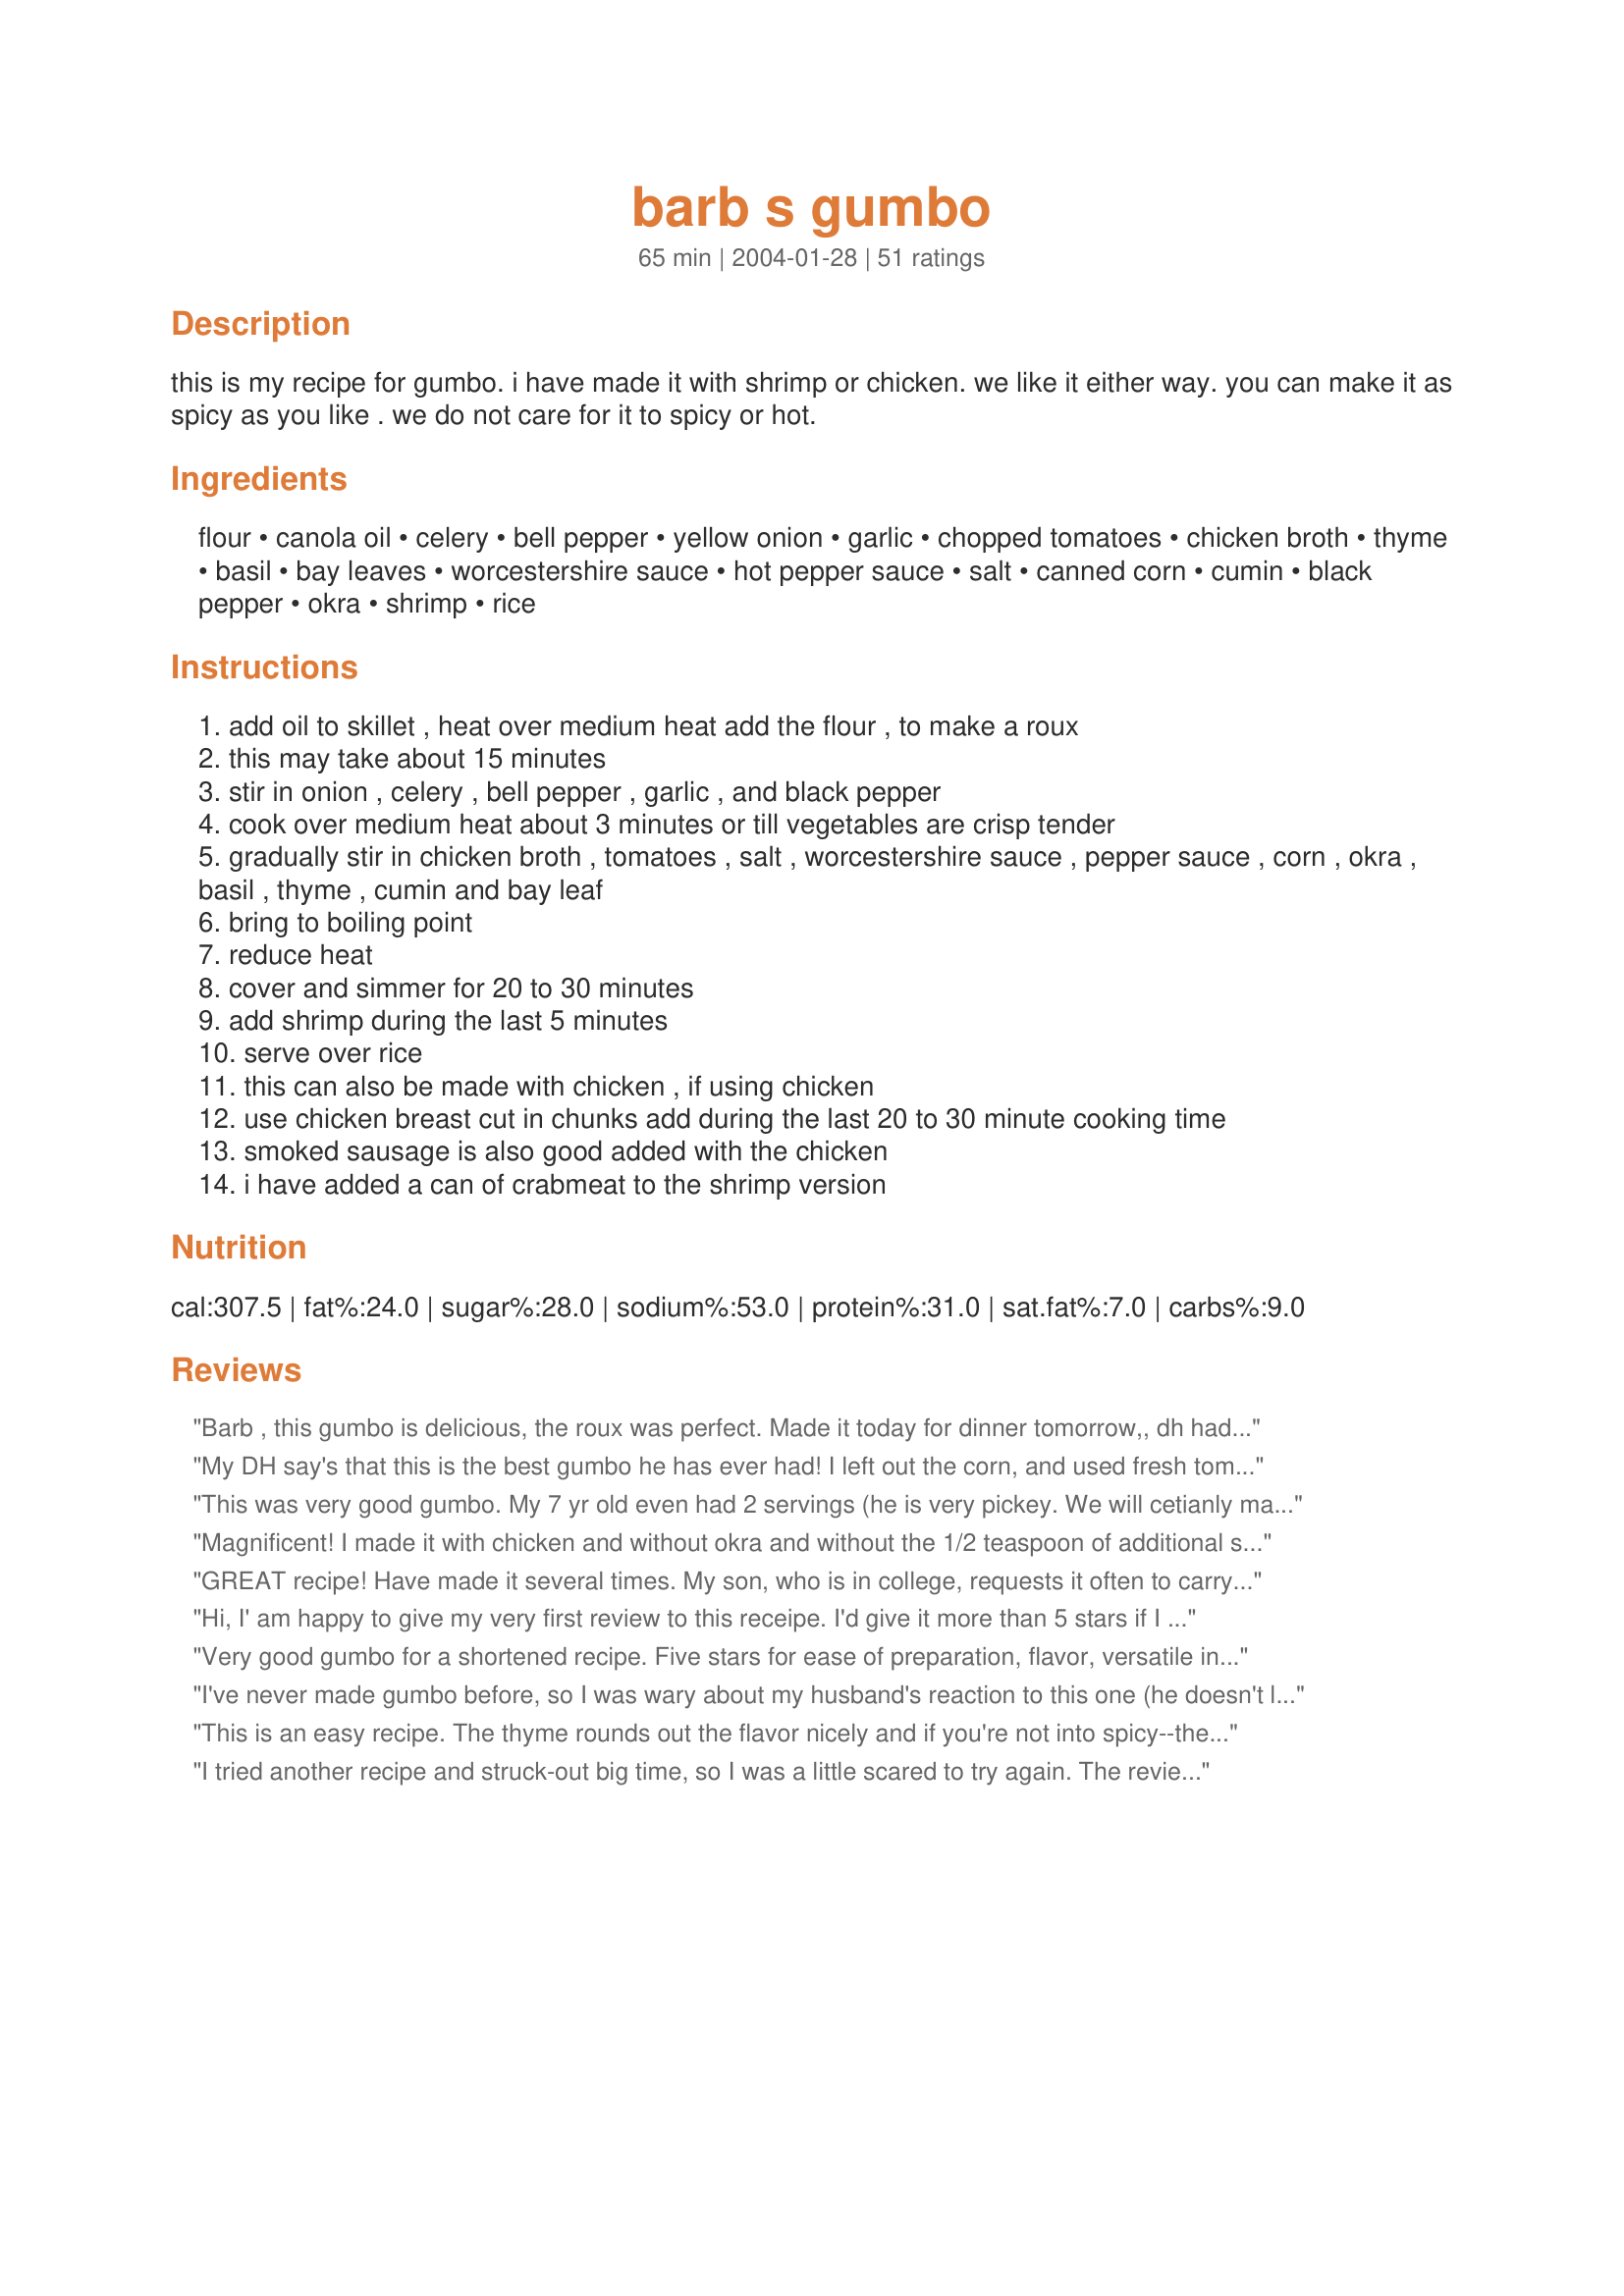
barb s gumbo
Preparation time: 65 minutes

this is my recipe for gumbo. i have made it with shrimp or chicken. we like it either way. you can make it as spicy as you like . we do not care for it to spicy or hot.

Ingredients:
flour, canola oil, celery, bell pepper, yellow onion, garlic, chopped tomatoes, chicken broth, thyme, basil, bay leaves, worcestershire sauce, hot pepper sauce, salt, canned corn, cumin, black pepper, okra, shrimp, rice

Steps:
add oil to skillet , heat over medium heat add the flour , to make a roux
this may take about 15 minutes
stir in onion , celery , bell pepper , garlic , and black pepper
cook over medium heat about 3 minutes or till vegetables are crisp tender
gradually stir in chicken broth , tomatoes , salt , worcestershire sauce , pepper sauce , corn , okra , basil , thyme , cumin and bay leaf
bring to boiling point
reduce heat
cover and simmer for 20 to 30 minutes
add shrimp during the last 5 minutes
serve over rice
this can also be made with chicken , if using chicken
use chicken breast cut in chunks add during the last 20 to 30 minute cooking time
smoked sausage is also good added with the chicken
i have added a can of crabmeat to the shrimp version

Reviews:
Barb , this gumbo is delicious, the roux was perfect. Made it today for dinner tomorrow,, dh had to taste it as soon as it was done,, he loved it, said a 5 starer for sure.. have to admit I eat some also. I added some fresh crabmeat and about 1/4 tsp. Old bay seasoning. Will definately make this many more times.
My DH say's that this is the best gumbo he has ever had! I left out the corn, and used fresh tomatoes and okra. He would not stop saying how wonderful it tasted and to bookmark this recipe with lots of stars! Thank you for posting .
This was very good gumbo. My 7 yr old even had 2 servings (he is very pickey. We will cetianly make this again. Thank you for posting it.
Dennis
Magnificent! I made it with chicken and without okra and without the 1/2 teaspoon of additional salt and it was wonderful.
GREAT recipe! Have made it several times. My son, who is in college, requests it often to carry back to school with him. His favorite is with chicken. I stir fry the chicken (sprinkled with McCormick California style garlic salt) before adding. Haven't rated it before because I just joined Zaar today.
Hi, I' am happy to give my very first review to this receipe. I'd give it more than 5 stars if I could..I made this last night and even used my breadmaker to make sourdough bread to go with.
What a wonderful gumbo. Didn't change a thing& won't when I make it again. If I changed anything, it wouldn't be THIS receipe, but something else. This is perfect, thanks to Barb. My husband & I both made pigs of ourselves. Had the left overs tonight & I think it was even better. Great receipe, Barb!!
Very good gumbo for a shortened recipe. Five stars for ease of preparation, flavor, versatile ingredients, kids and husband both liked it. It is very bland (for gumbo) but it is easy to make it to taste. Could also go into a crockpot, which is always nice on a hectic day! Thank you for sharing Barb.
I've never made gumbo before, so I was wary about my husband's reaction to this one (he doesn't like spicy food). He raved about it! I improvised a bit here and there. I didn't have thyme and basil, so I added 1tsp of italian seasoning and 1tsp of Cajun seasoning. I used a whole can of corn (I love corn), and added shrimp, chicken and kielbasa. Yummm!!! This is definitely a keeper! Thanks Barb!
This is an easy recipe. The thyme rounds out the flavor nicely and if you're not into spicy--the cumin adds the smokiness found in a spicy dish, but not the heat. Very good. Thank you.
I tried another recipe and struck-out big time, so I was a little scared to try again. The reviews convinced me this might be different. I used shrimp and changed nothing from the recipe (except I'm really sorry, but I didn't have any okra, so I used some edamame, yes I know it was a bad substitution, but I didn't have anything else!). But regardless, it STILL came out amazing and my husband couldn't stop raving about the flavors....told me this was a keeper! Thanks Barb!!!
This was a great recipe! I used sausage and shrimp, with fresh corn cut from the cob and fresh okra from the garden. We took it to church potluck and even though there was so much good food...this was a hit! Several thanked me for making it! Definitely a keeper...Thanks, Barb!
This was a wonderful dish! I'm only 16 & It was very easy & very delishious. I don't care very much shrimp, but the chicken was awesome!
My first Gumbo-- and it turned out fantastic! I used shrimp and added some browned cajun sausage as well. This recipe was easy to follow which helped me succeed!
Outstanding! We used some Jalapeno sausage, crawfish tailmeat, and shrimp. We used 1 cup of seafood stock along with 2 cups chicken broth, an entire bag of frozen okra, and something like double the corn. We served it with Recipe #389232, and couldn't get enough! If I'd had more crawfish, I'd have made a second batch! Next time I'll be certain to double this and freeze half for the day I just can't wait for more of this wonderful gumbo! Thank you!
The roux was easy to make, although it seemed rather gummy when I added the veggies. I added the broth slowly and it worked out great! Lovely dish and I would make it again.
I wanted to re-review this recipe. I have made it numerous times and it is always delicious! This past Friday, I made it with 20 oz. of Pederson's Andouille sausage and it was fantastic!! I realize that this is not the gumbo that natives of Louisiana would probably claim. However, for the time involved, it is a hearty, tasty, and filling meal. The sausage version did come out a bit greasy. I was able to skim off a good amount of grease after it sat in the fridge overnight. Being Roman Catholic, I think the shrimp version will be one of our Friday Lenten meals. Barb, thank you again for the recipe! It is a keeper!!
I am going to rate this recipe even tho I changed the recipe. The roux was great, added the vegies but omitted the corn and most of the seasonings and used Creole Seasoning instead. Also used 1-28oz. can of tomatoes and boiled a chicken. After boiling, I cut up in chunks and quickly browned in a small amount of oil on high. I then added the chicken to the gumbo. Also I cut up another onion and browned, added it, then browned a few sliced fresh mushrooms, then added it to the pot. I used about 4 c. of okra (frozen, slightly defrosted, then sliced). I followed most of Barb's techniques in how she prepared everything. I loved it even before adding the chicken and will probably make some this summer without any meat and freeze it. My husbands mother was cajun and I love trying new recipes. This one was a winner! Thanks for sharing Barb! This is a keeper.
Yummy!!!! This is excellent. Lots of flavor. I added more tabasco sauce and may do more the next time. The richness of the gravy, is perfect. Thanks for sharing!!
Very good. The addition of the corn added an interesting texture to the gumbo...thanks.
We LOVE this! I don't put in quite as much Worchestershire sauce as it calls for, but I love what it adds to the recipe. I have never used it in gumbo before. Thanks for taking the time to write out a great recipe!
Flavorful and easy. I put in shrimp and some beef smoked sausage and had some chicken left over....threw it all in. I left out the pepper sauce, as you call it, because I have young children. My husband can add his own if he needs it. Thank you!
Excellent recipe! I made it for some of my friends recently and they loved it. Even as it was cooking I knew it'd be great because it smelt like the gumbo I remember from back home. I changed some of the quantities and varieties of vegetables, and it was fine. So a great versatile 'base' recipe. I bought some fila powder based on others recommendations and didn't even use it. I may do next time just so I haven't wasted my money, but I can't see what it would add to it. Thanks Barb!
A mighty fine gumbo...however, beware--it doesnt pack much of a punch. I ended up adding 2 tsp ground red pepper and 2 tbs hot sauce to make it table ready. Plus, the majority of my dinner guests were reaching for the hot sauce at the table. I think next time I'll increase the red pepper and chop up a few hotter peppers to saute at the start. I'll definitely make again with the said adjustments.
I can&#039;t believe I&#039;m going to do what I hate most about reviews. Say how much I love it and then how much I changed It. I didn&#039;t change much. I wanted to make a bigger quantity so I did half cup ea oil and flour and 4 cups chicken stock. I left out thyme and basil. Added thinly sliced turkey sausage (kind that looks like andouille) when adding veggies (no green peppers). Later added some cooked cut up chicken breast and before serving added shrimp and cooked &lt;br/&gt;another 20 - 30 min. It was soo good.. Will make again.
This is my favorite gumbo recipe, and I've tried a lot of them! The only change I ever make is to make the roux a darker color, almost like chocolate. Heavenly.
This is a nice base for gumbo to help jog your memory if you haven't made it in a while. It' isn't "cajun" but not everybody is looking for that anyway. Remember that roux can go from perfect to burnt really fast so I would advise chopping those veggies before you start the roux. I used a browned and cubed chicken breast, meatballs made from rolled ground sausage and shrimp. I ended up adding about twice as much peppers and onions and okra, 1/2 tsp celery salt, 1/4 tsp turmeric, 1/4 tsp sage, subbed fresh basil for dried, and 1 tsp of dried cilantro..would rather have had fresh. Until I added the cilantro, "something" was missing. It was a lot better with the added seasonings but I still left it mild for the kids. I added the hot sauce to my own bowl. All in all, very good recipe and thanks for posting!
My husband makes great gumbo, but the prep is so long and involved and takes all day to make. We thought this was a good alternative. The prep work isn't too bad and we were satisfied with the taste. Used shrimp and 1 t. Tabasco sauce. For our kids, that was enough heat. But Will and I shook a little more Tabasco into our bowl. Thanks for the recipe.
This was the easiest gumbo recipe but the best I have ever made. I followed the recipe exactly but added kielbasa sausage during the last 30 minutes. A must try!
This was incredible! I had never eaten nor cooked gumbo, and was happy to see that the directions were easy to follow and the outcome DELICIOUS. I cooked it for a Mardi Gras themed dinner party and my guests couldn't stop raving about it. I was lucky to grab half a bowl while cooking the rest of dinner because my guests destroyed it.
This is the first gumbo I had ever made and it was awesome! Now I make this at least once a week when okra is in season. I don't have shrimp all the time so I just dump whatever protein I have in there. Sometimes Italian sausage does the job. Great recipe!
This recipe was great!! My husband was really bummed when all the leftovers were gone. I changed a couple of things (I added sausage and some cajun seasoning to make it a little spicier) but it needed no alternatives. Great recipe! Thanks!!
This is exactly the gumbo recipe I was looking for! I increased the veggies and spices just a smidge - we like it spicy and chunky. The ingredients were perfect! Thank you!
This turned out great for a first try at gumbo. Loved the flavors together with all the veggies and meat. I used a small amount of chicken, 1/2 lb. shrimp and 1/2 lb. kielbasa. DH had three servings so don&#039;t have much left over.
I can't believe I forgot to rate this! I loved this recipe. My roux didn't really turn out well, but I'm sure I messed up somewhere. The dish still turned out perfectly though. I didn't have any okra so I left that out and used more shrimp. I did make this more spicy as well since we love spice. This was perfect with rice. Thanks!
Was pretty freakin' good. Substituted the 1 tsp cumin for 1 1/2 shwarma (gyros) seasoning. Was AWESOME. Shwarma seasoning can be found in the ethnic section at the supermarket or at a local medeterrainian market. Its made of cumin, curry, and other spices.
With the weather cold and rainy, gumbo seemed to be the ideal dish. I used butter instead of the oil for the roux, and although standing and stirring the roux until it was the right color was tedious, I know what a taste difference it makes. I didn't add corn (didn't have any) and for convenience's sake I used pre-cooked chicken and some of the shrimp that comes in foil packages. Added only 1 cup of sliced okra and diced that up (personal preference). The end results was a wonderfully flavorful dish served over hot rice with cornbread sticks. Thanks for a really good recipe.
Yum Yum Yum
Thanks for the easy recipe
Real good, Barb! The reoux was perfect! The penny technique was helpful! I added about 4 oz. of tomato paste in addition to the tomatoes - I like my gumbo kinda "tomatoey". I left out the cumin, and double up on the Tabasco (mmmm...) Recipe was easy easy easy...To get a really good flavor, and to soften the veggies completely - I simmered for like two hours. YUM. This goes in my cookbook!! I used chicken and shrimp, and added it according to Barb's directions, and it was perfect!
Very, very good! I had not made gumbo at home before trying this recipe. I prepared it as directed, adding some cooked smoked turkey sausage and the shrimp 10 mins before serving. Your directions for making a roux were particularly helpful. I've tried to make a roux before but never knew when it was "done", and now I know -- when it is the same color as a penny! The hot sauce gave the gumbo some kick, but it's not too spicy. The cumin gives it a smoky flavor that we loved. Thanks for posting!!
Didn't use cumin and family still loved it. Very good recipe, thanks.
This was great! I made it with chicken (browned cut up chicken breast before adding to the final 30 minute simmer) but found that meat is the last thing needed. The broth and vegetables are terrific over rice. Even my husband found himself eating around the meat, not because it was not tasty, but because the vegetables were soooo good. We like things a bit spicy so I upped the tabasco to 1 1/2 teaspoons. It left a great taste in your mouth after eating. Thanks so much for the recipe!
In the interest of full disclosure, I've never had gumbo before- I had to make this after watching "The Princess and the Frog" since I didn't even know what gumbo was. Luckily, this is an absolutely wonderful recipe (for soup at least!) <br/><br/>I left out the shrimp and okra, using only chicken andouille sausage. I don't think the flavor suffered at all since the sausage added significant flavor on its own. With the right amount of hot sauce, this gumbo packs a punch and hits the spot!<br/><br/>(Make sure you stir the roux frequently otherwise it will burn very quickly)<br/><br/>UPDATE:<br/>This is only the second time my boyfriend has not only asked for seconds but asked for a larger second portion! Will *definitely* be making this again.<br/><br/>Update:<br/><br/>Made it for a potluck and it was a definite hit!
This was delicious. I can't believe my 12yr old son had 2 bowls and didn't totally pick it apart. He ate everything in it including the Okra which nobody else liked. I think next time I might try to sub zucchini for the okra as we did not care for it, it was slimy. I must have chopped my veggies to big or had defective ones(lol) because even after almost an hour they will still crunchy. But we ate it anyway. Thanks Barb
This was wonderful! I hadn't made shrimp gumbo in years and chose this recipe because it sounded similar to what my mom used to make. I used butter instead of canola oil for the roux. I also put a 28 oz can of tomatoes in instead of 16 oz. I increased the vegis by a bit and the water by a bit. It resulted in a mild but yummy gumbo that my whole family loved. Next time I'll just double all the ingredients to serve my family of 9. I served cornbread muffins on the side.
I made this the other day for a few friends. This was my first time making gumbo and it was a big hit! thanks for the recipe! I pretty much followed it exactly, just added shrimp and sausage. I might add more spice next time and maybe more okra. yum!!
Was good but lacked a lil flavor. but the veggies smelled soooo heavenly when sauteing in the roux!! :) shaked in some cajun seasoning and a few of old bay. upped the hot sauce and was able to use up some leftover corn on the cob and smoked sausage! thought about not using the okra, but am glad i didn't omit it! thanks Barb!
I REALLY like this recipe.Easy and very tasty and delicious!!! This was my first gumbo and I'll surely will make it again.Thanks for sharing your recipe Barb :)
This was my first Gumbo and the family loved it. I made minimal changes. As I used homemade stock I had to add more salt and because we don't like really spicy food I added a tsp of smokey paprika instead of the hot pepper sauce.
Lastly, as I did not have enough shrimp I added 1 chopped up chorizo sausage and some chicken thigh pieces.
This was great gumbo. The cumin just made it taste perfect. It didn't take long to make either. Thanks for posting this wonderful recipe.
Very good gumbo! I used olive oil in the place of canola oil and made the shrimp and crab version. Will definately make again. Thank you Barb for a great recipe.
WOW....this is a wonderful recipe. I made this last night for my family and we loved it. DH went to the farmers market and brought home some okra and green peppers....hmmmmmm, sounds like gumbo to me...lol. I made your recipe and it had my house smelling so good. I did add chicken breast and andouille (sp?) sausage along with the shrimp. We loved it. The only thing I would do differently is use chicken thighs instead of the breasts....I just think it would hold up better, other then that the recipe is the best! Thank you so much for sharing this with us.....we LOVED it.
